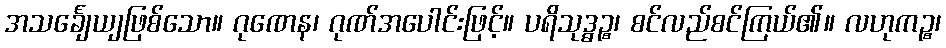
အသင်္ချေယျဖြစ်သော။ ဂုဏေန၊ ဂုဏ်အပေါင်းဖြင့်။ ပရိသုဒ္ဓဉ္စ၊ စင်လည်စင်ကြယ်၏။ လဟုကဉ္စ၊